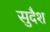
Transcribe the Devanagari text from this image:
सुदैश